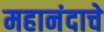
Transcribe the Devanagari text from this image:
महानंदाचे